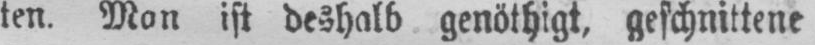
ten. Man ist deshalb genöthigt, geschnittene